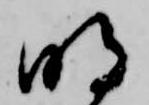
明